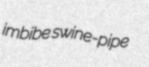
imbibe swine-pipe